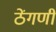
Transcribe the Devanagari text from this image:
ठेंगणी